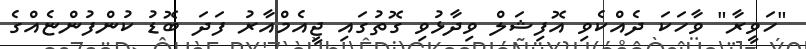
"ހަވީރާ" ވާހަކަ ދެއްކެވި އޮފިޝަލް ވިދާޅުވި ގޮތުގައި ޖީއެމްއާރު ފަދަ ބޮޑު ކުންފުންޏެއްގެ